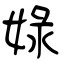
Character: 娽